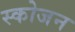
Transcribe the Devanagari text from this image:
स्कोजन